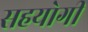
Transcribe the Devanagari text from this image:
सहयाेगी